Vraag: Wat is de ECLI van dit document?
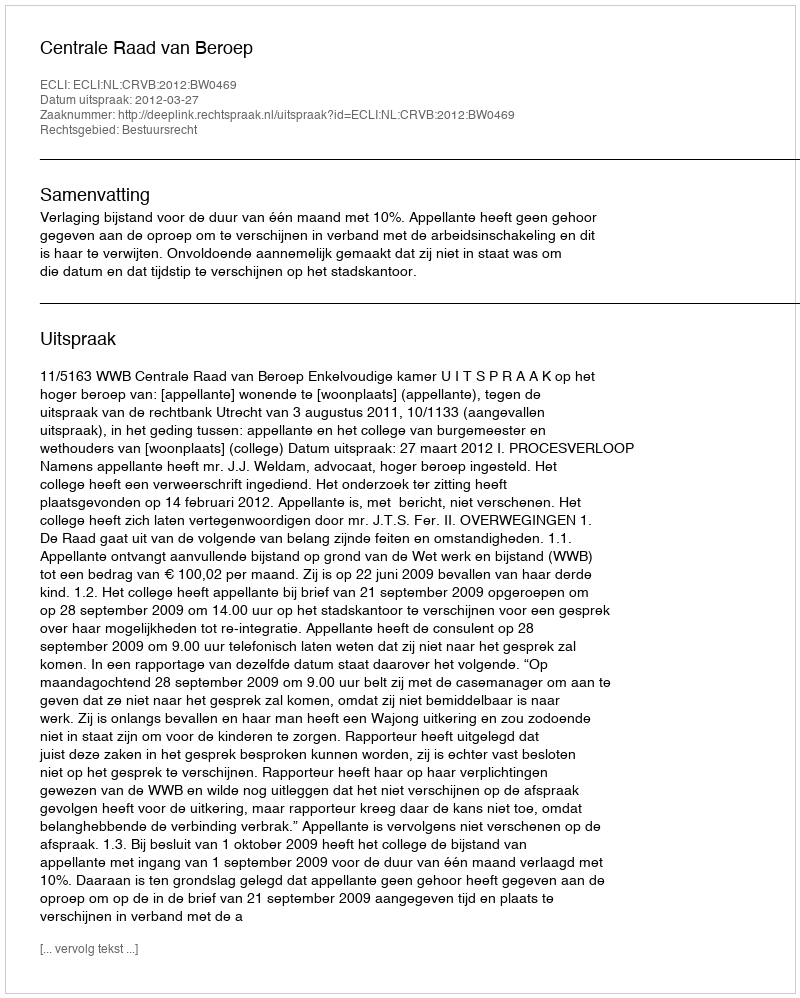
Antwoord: ECLI:NL:CRVB:2012:BW0469